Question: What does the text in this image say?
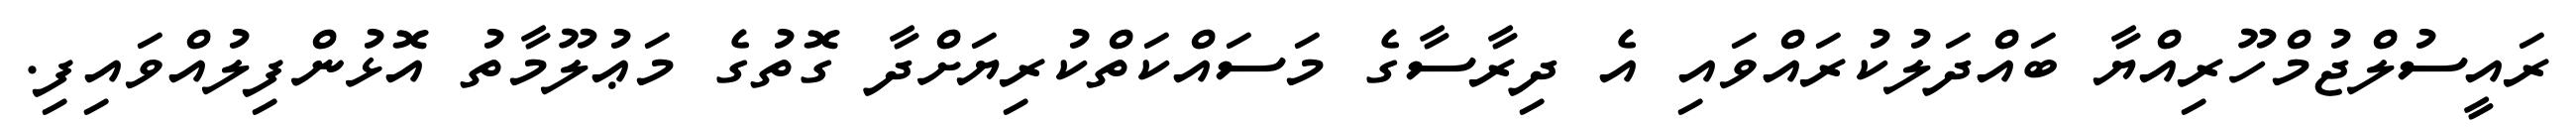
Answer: ރައީސުލްޖުމްހޫރިއްޔާ ބައްދަލުކުރައްވައި އެ ދިރާސާގެ މަސައްކަތްކުރިޔަށްދާ ގޮތުގެ މަޢުލޫމާތު އޮޅުންފިލުއްވައިފި.